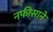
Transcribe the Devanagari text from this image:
नफीसाने